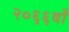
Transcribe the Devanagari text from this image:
२०६६वाँ